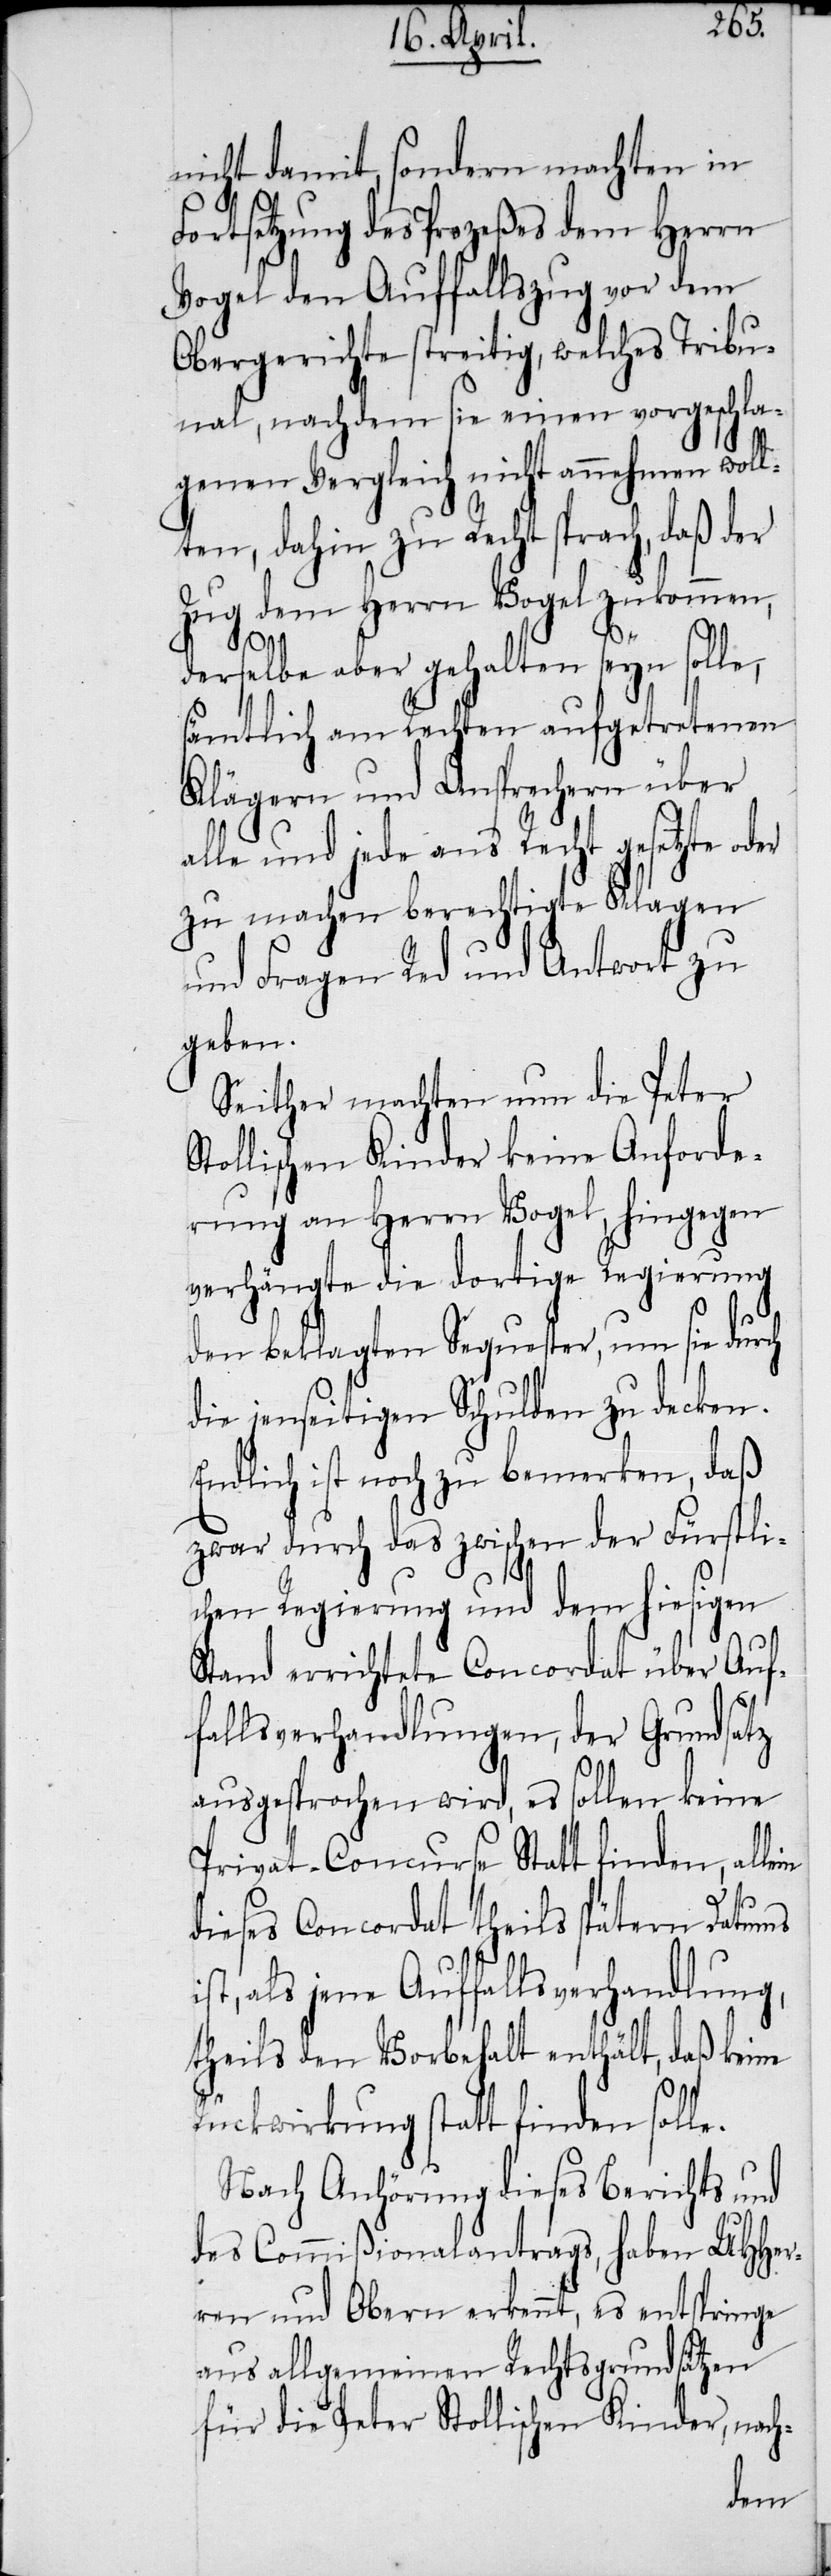
nicht damit, sondern machten in
Fortsetzung des Prozeßes dem Herrn
Vogel den Auffallszug vor dem
Obergerichte streitig, welches Tribu¬
nal, nachdem sie einen vorgeschla¬
genen Vergleich nicht annehmen wol¬
lten, dahin zu Recht sprach, daß
Zug dem Herrn Vogel zukommen,
derselbe aber gehalten seyn solle,
sämtlich am Rechten aufgetretenen
Klägern und Ansprechern über
alle und jede aus Recht gesetzte oder
zu machen berechtigte Klagen
und Fragen Red und Antwort zu
geben.
Seither machten nun die Peter
tollischen Kinder keine Anforde¬
rung an Herrn Vogel, hingegen
verhängte die dortige Regierung
den beklagten Sequester, um sie durch
die jenseitigen Schulden zu decken.
Endlich ist noch zu bemerken, daß
zwar durch das zwischen der Fürstli¬
chen Regierung und dem hiesigen
Stand errichtete Concordat über Auf¬
fallsverhandlungen, der Grundsatz
ausgesprochen wird, es sollen keine
Privat-Concurse Statt finden, all¬
dieses Concordat theils spätern Datums
ist, als jene Auffallsverhandlung,
theils den Vorbehalt enthält, daß keine
Rückwirkung statt finden solle.
Nach Anhörung dieses Berichts und
des Commißionalantrags, haben UHHer¬
ren und Obern erkennt, es entspringe
aus allgemeinen Rechtsgrundsätzen
für die Peter Stollischen Kinder, nach-
ein

S¬